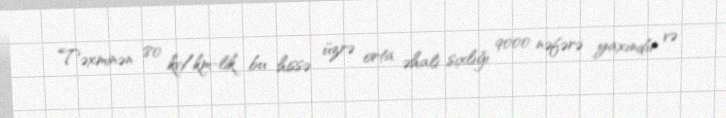
Təxminən 80 kv/km-lik bu hissə üzrə orta əhali sıxlığı 9000 nəfərə yaxındır və